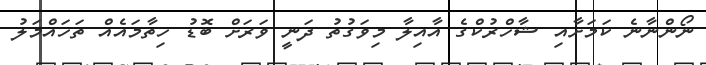
ނޯންނާނެ ކަމަށާއި ޝާހްރުކްގެ އާއިލާ މިވަގުތު ދަނީ ވަރަށް ބޮޑު ހިތާމައެއް ތަހައްމަލު